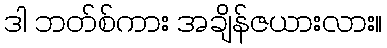
ဒါ ဘတ်စ်ကား အချိန်ဇယားလား။